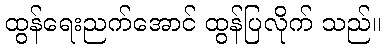
ထွန်ရေးညက်အောင် ထွန်ပြလိုက် သည်။